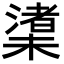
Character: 𪳼